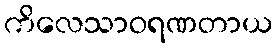
ကိလေသာဝရဏတာယ